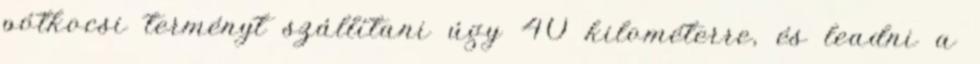
pótkocsi terményt szállítani úgy 40 kilométerre, és leadni a